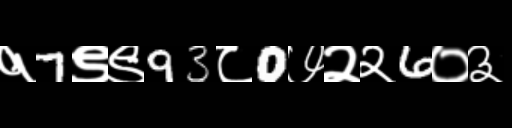
Text: १7९९93८0७२२6०३